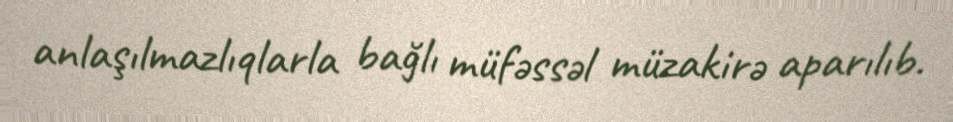
anlaşılmazlıqlarla bağlı müfəssəl müzakirə aparılıb.